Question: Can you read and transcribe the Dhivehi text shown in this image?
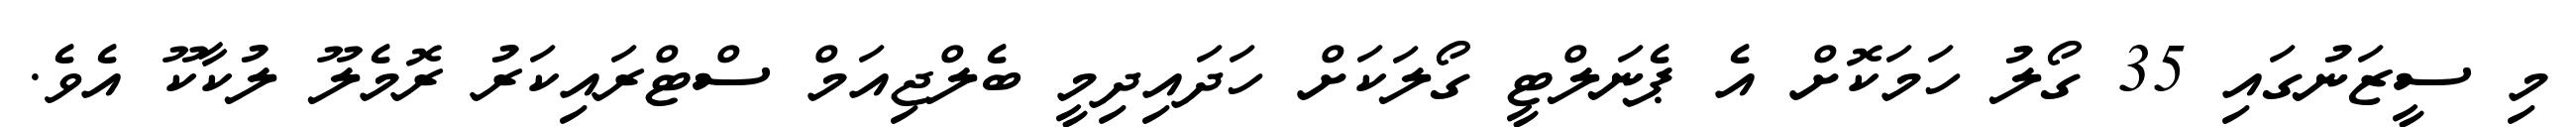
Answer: މި ސީޒަނުގައި 35 ގޯލު ހަމަކޮށް އެ ޕެނަލްޓީ ގޯލަކަށް ހަދައިދިމީ ބެލްޖިއަމް ސްޓްރައިކަރު ރޮމެލޫ ލުކާކޫ އެވެ.